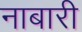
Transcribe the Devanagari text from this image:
नाबारी